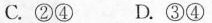
C. ②④ D. ③④